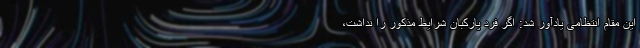
این مقام انتظامی یادآور شد: اگر فرد پارکبان شرایط مذکور را نداشت،